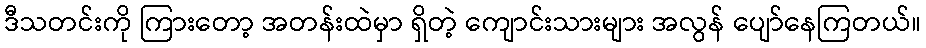
ဒီသတင်းကို ကြားတော့ အတန်းထဲမှာ ရှိတဲ့ ကျောင်းသားများ အလွန် ပျော်နေကြတယ်။